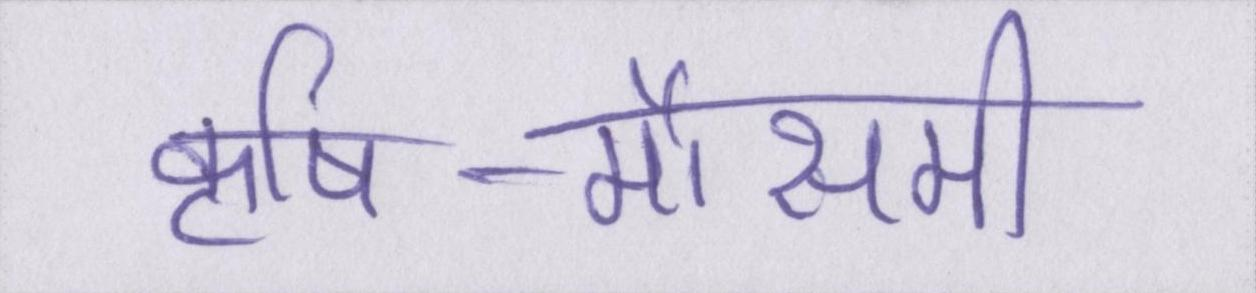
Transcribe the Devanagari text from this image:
कृषि-मौसमी